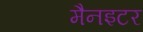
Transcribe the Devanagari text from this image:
मैनइटर